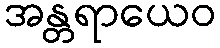
အန္တရာယေဝ